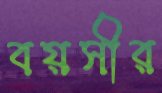
বয়সীর